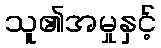
သူ၏အမှုနှင့်